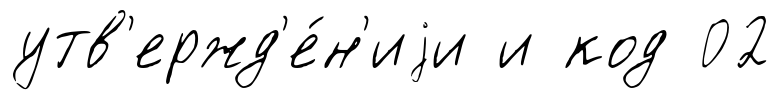
утв'ержд'е́н'иjи и код 02